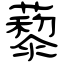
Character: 藜